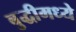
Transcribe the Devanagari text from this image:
बुद्धीमध्ये